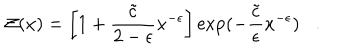
LaTeX: { \cal Z } ( x ) = \left[ 1 + { \frac { \tilde { c } } { 2 - \epsilon } } x ^ { - \epsilon } \right] \exp ( - { \frac { \tilde { c } } { \epsilon } } x ^ { - \epsilon } ) .